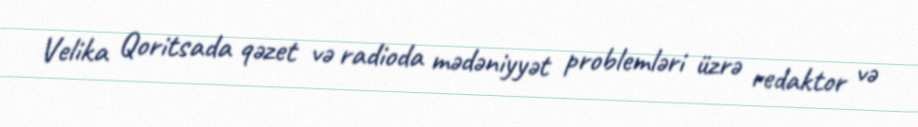
Velika Qoritsada qəzet və radioda mədəniyyət problemləri üzrə redaktor və